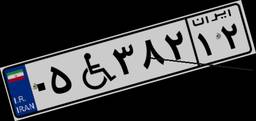
۰۵W۳۸۲۱۲